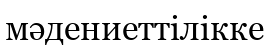
мәдениеттілікке